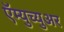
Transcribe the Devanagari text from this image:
ऍम्युच्युअर